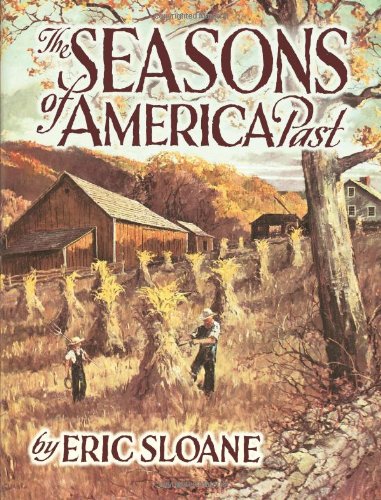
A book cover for The Seasons of America Past; Eric Sloane; Humor & Entertainment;